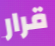
قرار